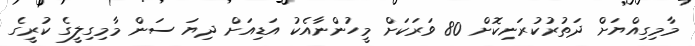
މާމިގިއްޔަށް ދަތުރުކުރަނިކޮށް 80 ވަރަކަށް މީހުންނާއެކު އަޑިއަށް ދިޔަ ސަން މާމިގިލީގެ ކުރީގެ